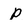
Character: p